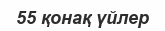
55 қонақ үйлер